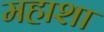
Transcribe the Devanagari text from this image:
महाशा